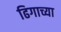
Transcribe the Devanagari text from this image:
ढिगाच्या